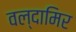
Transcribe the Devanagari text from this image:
वल्दामिर